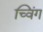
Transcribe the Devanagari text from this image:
च्विंग